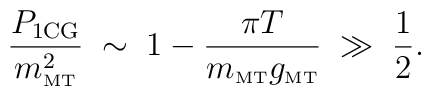
\frac{P_{\rm 1CG}}{m_{\rm \scriptscriptstyle{MT}}^2} \;\sim\; 1 - \frac{\pi T}{m_{\rm \scriptscriptstyle{MT}}g_{\rm \scriptscriptstyle{MT}}} \;\gg\; \frac{1}{2}.